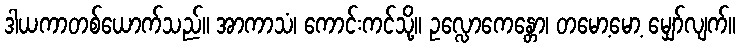
ဒါယကာတစ်ယောက်သည်။ အာကာသံ၊ ကောင်းကင်သို့။ ဥလ္လောကေန္တော၊ တမော့မော့ မျှော်လျက်။